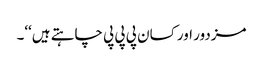
مزدور اور کسان پی پی پی چاہتے ہیں‘‘۔